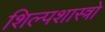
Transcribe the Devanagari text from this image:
शिल्पशास्त्रो